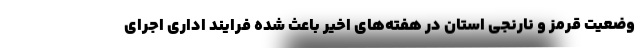
وضعیت قرمز و نارنجی استان در هفته‌های اخیر باعث شده فرایند اداری اجرای